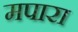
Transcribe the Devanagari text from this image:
मपारा